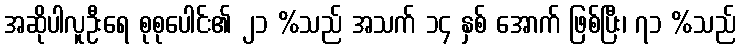
အဆိုပါလူဦးရေ စုစုပေါင်း၏ ၂၁ %သည် အသက် ၁၄ နှစ် အောက် ဖြစ်ပြီး၊ ၇၁ %သည်